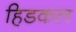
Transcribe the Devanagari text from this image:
हिडकल